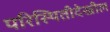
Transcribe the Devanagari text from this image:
परिस्थितीदेखील